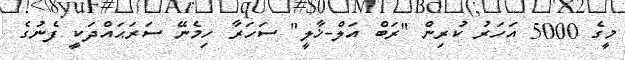
މީގެ 5000 އަހަރު ކުރިން "ރަބް އަލް-ޚާލީ" ސަހަރާ ހިމެނޭ ސަރަޙައްދަކީ ފެނުގެ